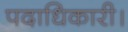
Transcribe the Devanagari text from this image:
पदाधिकारी।